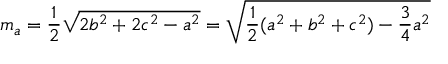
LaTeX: m _ { a } = { \frac { 1 } { 2 } } { \sqrt { 2 b ^ { 2 } + 2 c ^ { 2 } - a ^ { 2 } } } = { \sqrt { { \frac { 1 } { 2 } } ( a ^ { 2 } + b ^ { 2 } + c ^ { 2 } ) - { \frac { 3 } { 4 } } a ^ { 2 } } }